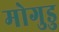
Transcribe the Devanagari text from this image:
मोगुडु